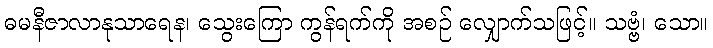
ဓမနီဇာလာနုသာရေန၊ သွေးကြော ကွန်ရက်ကို အစဉ် လျှောက်သဖြင့်။ သဗ္ဗံ၊ သော။